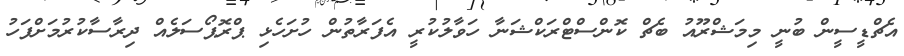
އެޗްޑީސީން ބުނީ މިމަޝްރޫއު ބެޗް ކޮންސްޓްރަކްޝަނާ ހަވާލުކުރީ އެފަރާތުން ހުށަހެޅި ޕްރޮޕޯސަލެއް ދިރާސާކުރުމަށްފަހު